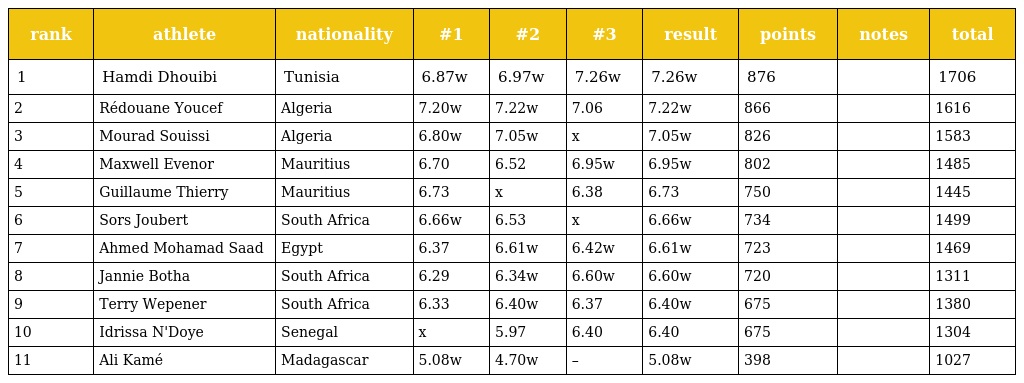
| rank | athlete | nationality | #1 | #2 | #3 | result | points | notes | total |
 | --- | --- | --- | --- | --- | --- | --- | --- | --- | --- |
 | 1 | Hamdi Dhouibi | Tunisia | 6.87w | 6.97w | 7.26w | 7.26w | 876 |  | 1706 |
 | 2 | Rédouane Youcef | Algeria | 7.20w | 7.22w | 7.06 | 7.22w | 866 |  | 1616 |
 | 3 | Mourad Souissi | Algeria | 6.80w | 7.05w | x | 7.05w | 826 |  | 1583 |
 | 4 | Maxwell Evenor | Mauritius | 6.70 | 6.52 | 6.95w | 6.95w | 802 |  | 1485 |
 | 5 | Guillaume Thierry | Mauritius | 6.73 | x | 6.38 | 6.73 | 750 |  | 1445 |
 | 6 | Sors Joubert | South Africa | 6.66w | 6.53 | x | 6.66w | 734 |  | 1499 |
 | 7 | Ahmed Mohamad Saad | Egypt | 6.37 | 6.61w | 6.42w | 6.61w | 723 |  | 1469 |
 | 8 | Jannie Botha | South Africa | 6.29 | 6.34w | 6.60w | 6.60w | 720 |  | 1311 |
 | 9 | Terry Wepener | South Africa | 6.33 | 6.40w | 6.37 | 6.40w | 675 |  | 1380 |
 | 10 | Idrissa N'Doye | Senegal | x | 5.97 | 6.40 | 6.40 | 675 |  | 1304 |
 | 11 | Ali Kamé | Madagascar | 5.08w | 4.70w | – | 5.08w | 398 |  | 1027 |